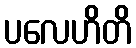
ပလေဟိတိ